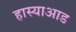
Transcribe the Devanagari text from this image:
हास्याआड